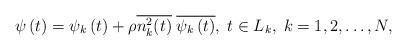
LaTeX: \begin{align*}\psi \left( t\right) =\psi _k\left( t\right) +\rho \overline{n_k^2(t)} \;\overline{\psi _k\left(t\right) },\;t \in L_k,\;k=1,2,\ldots,N, \end{align*}